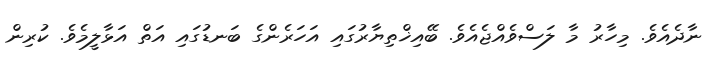
ނާދެއެވެ. މިހާރު މާ ލަސްވެއްޖެއެވެ. ބޭއިޚްތިޔާރުގައި އަހަރެންގެ ބަނޑުގައި އަތް އަޅާލީމެވެ. ކުރިން